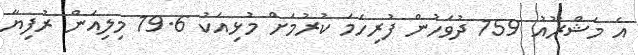
އެ މަޝްރޫއު 159 ދުވަހުން ފުރިހަމަ ކުރުމަށް މުޅިއަކު 19.6 މިލިއަން ރުފިޔާ